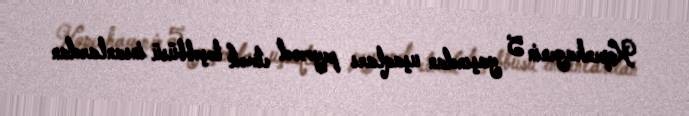
Kopenhagenin 5 yaşından uşaqları peyvənd etmək təşəbbüsü insanlardan